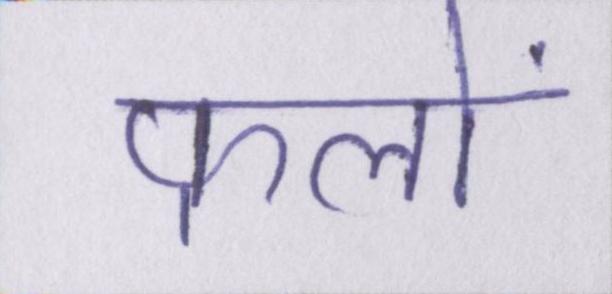
फलों